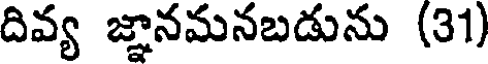
దివ్య జ్ఞానమనబడును (31)